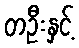
တဦးနှင့်